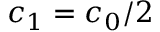
c _ { 1 } = c _ { 0 } / 2